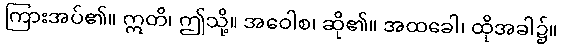
ကြားအပ်၏။ ဣတိ၊ ဤသို့။ အဝေါစ၊ ဆို၏။ အထခေါ၊ ထိုအခါ၌။